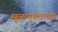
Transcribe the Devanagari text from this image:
मूळपुरुषाच्या